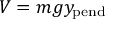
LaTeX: V = m g y _ { \mathrm { p e n d } }